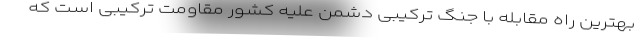
بهترین راه مقابله با جنگ ترکیبی دشمن علیه کشور مقاومت ترکیبی است که